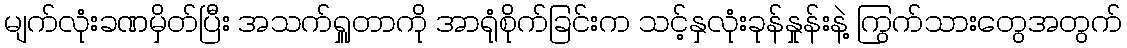
မျက်လုံးခဏမှိတ်ပြီး အသက်ရှူတာကို အာရုံစိုက်ခြင်းက သင့်နှလုံးခုန်နှုန်းနဲ့ ကြွက်သားတွေအတွက်